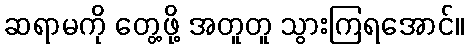
ဆရာမကို တွေ့ဖို့ အတူတူ သွားကြရအောင်။